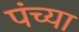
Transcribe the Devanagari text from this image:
पंच्या